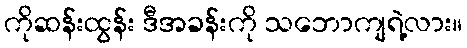
ကိုဆန်းထွန်း ဒီအခန်းကို သဘောကျရဲ့လား။